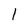
Character: 1